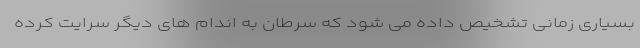
بسیاری زمانی تشخیص داده می شود که سرطان به اندام های دیگر سرایت کرده